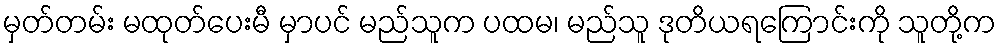
မှတ်တမ်း မထုတ်ပေးမီ မှာပင် မည်သူက ပထမ၊ မည်သူ ဒုတိယရကြောင်းကို သူတို့က